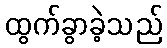
ထွက်ခွာခဲ့သည်